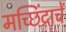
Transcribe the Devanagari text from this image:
मच्छिंद्राचें